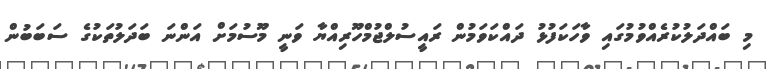
މި ބައްދަލުކުރެއްވުމުގައި ވާހަކަފުޅު ދައްކަވަމުން ރައީސުލްޖުމްހޫރިއްޔާ ވަނީ މޫސުމަށް އަންނަ ބަދަލުތަކުގެ ސަބަބުން